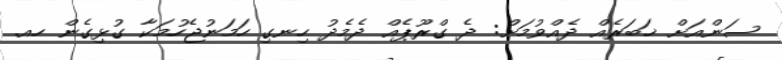
ސަންއަށް ޚަބަރެއް ދެއްވުމަށް: ދެ ގްރޫޕެއް ދެމެދު ހިނގި ހަމަނުޖެހުމަކާ ގުޅިގެން ހއ.